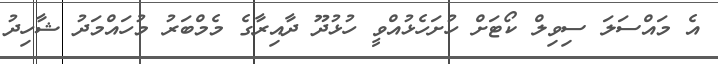
އެ މައްސަލަ ސިވިލް ކޯޓަށް ހުށަހެޅުއްވީ ހުޅުދޫ ދާއިރާގެ މެމްބަރު މުހައްމަދު ޝާހިދު